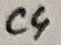
Text: C4